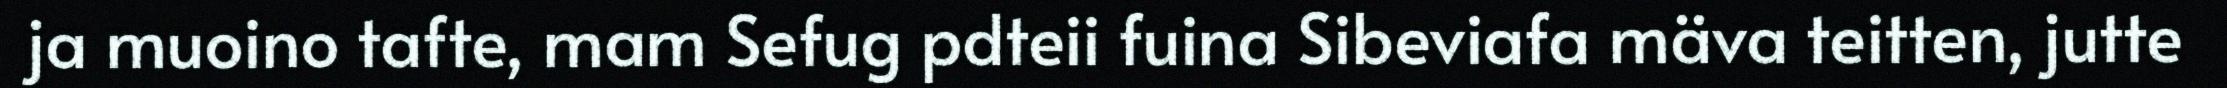
ja muoino tafte, mam Sefug pdteii fuina Sibeviafa mäva teitten, jutte